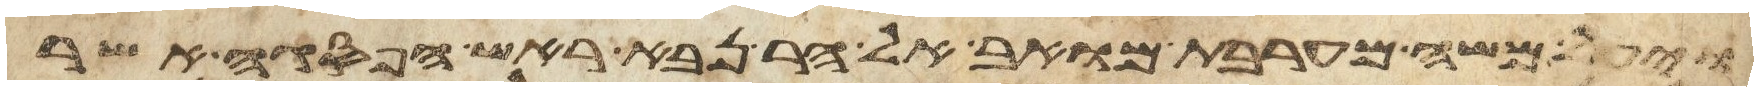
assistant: ויעל משה מערבת מואב אל הר נבא ראש הפסגה אשר